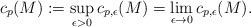
LaTeX: \begin{align*}c_p(M):=\sup_{\epsilon>0}c_{p,\epsilon}(M)=\lim_{\epsilon\to 0}c_{p,\epsilon}(M).\end{align*}